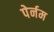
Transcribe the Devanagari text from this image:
पेर्नम